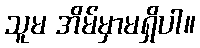
သူမ အိမ်မှာမရှိပါ။